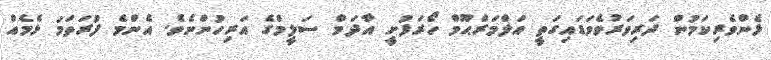
ޅެންވެރިކަމުން ދަރިވަރުވެވަޑައިގަތީ އަލްމަރްޙޫމް ހޯރަފުށީ އާދަމް ސަލީމްގެ އަރިހުންނެވެ. އެންމެ ފުރަތަމަ ޅެމެއް